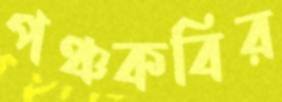
পঞ্চকবির